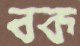
বক